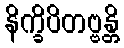
နိက္ခိပိတဗ္ဗန္တိ